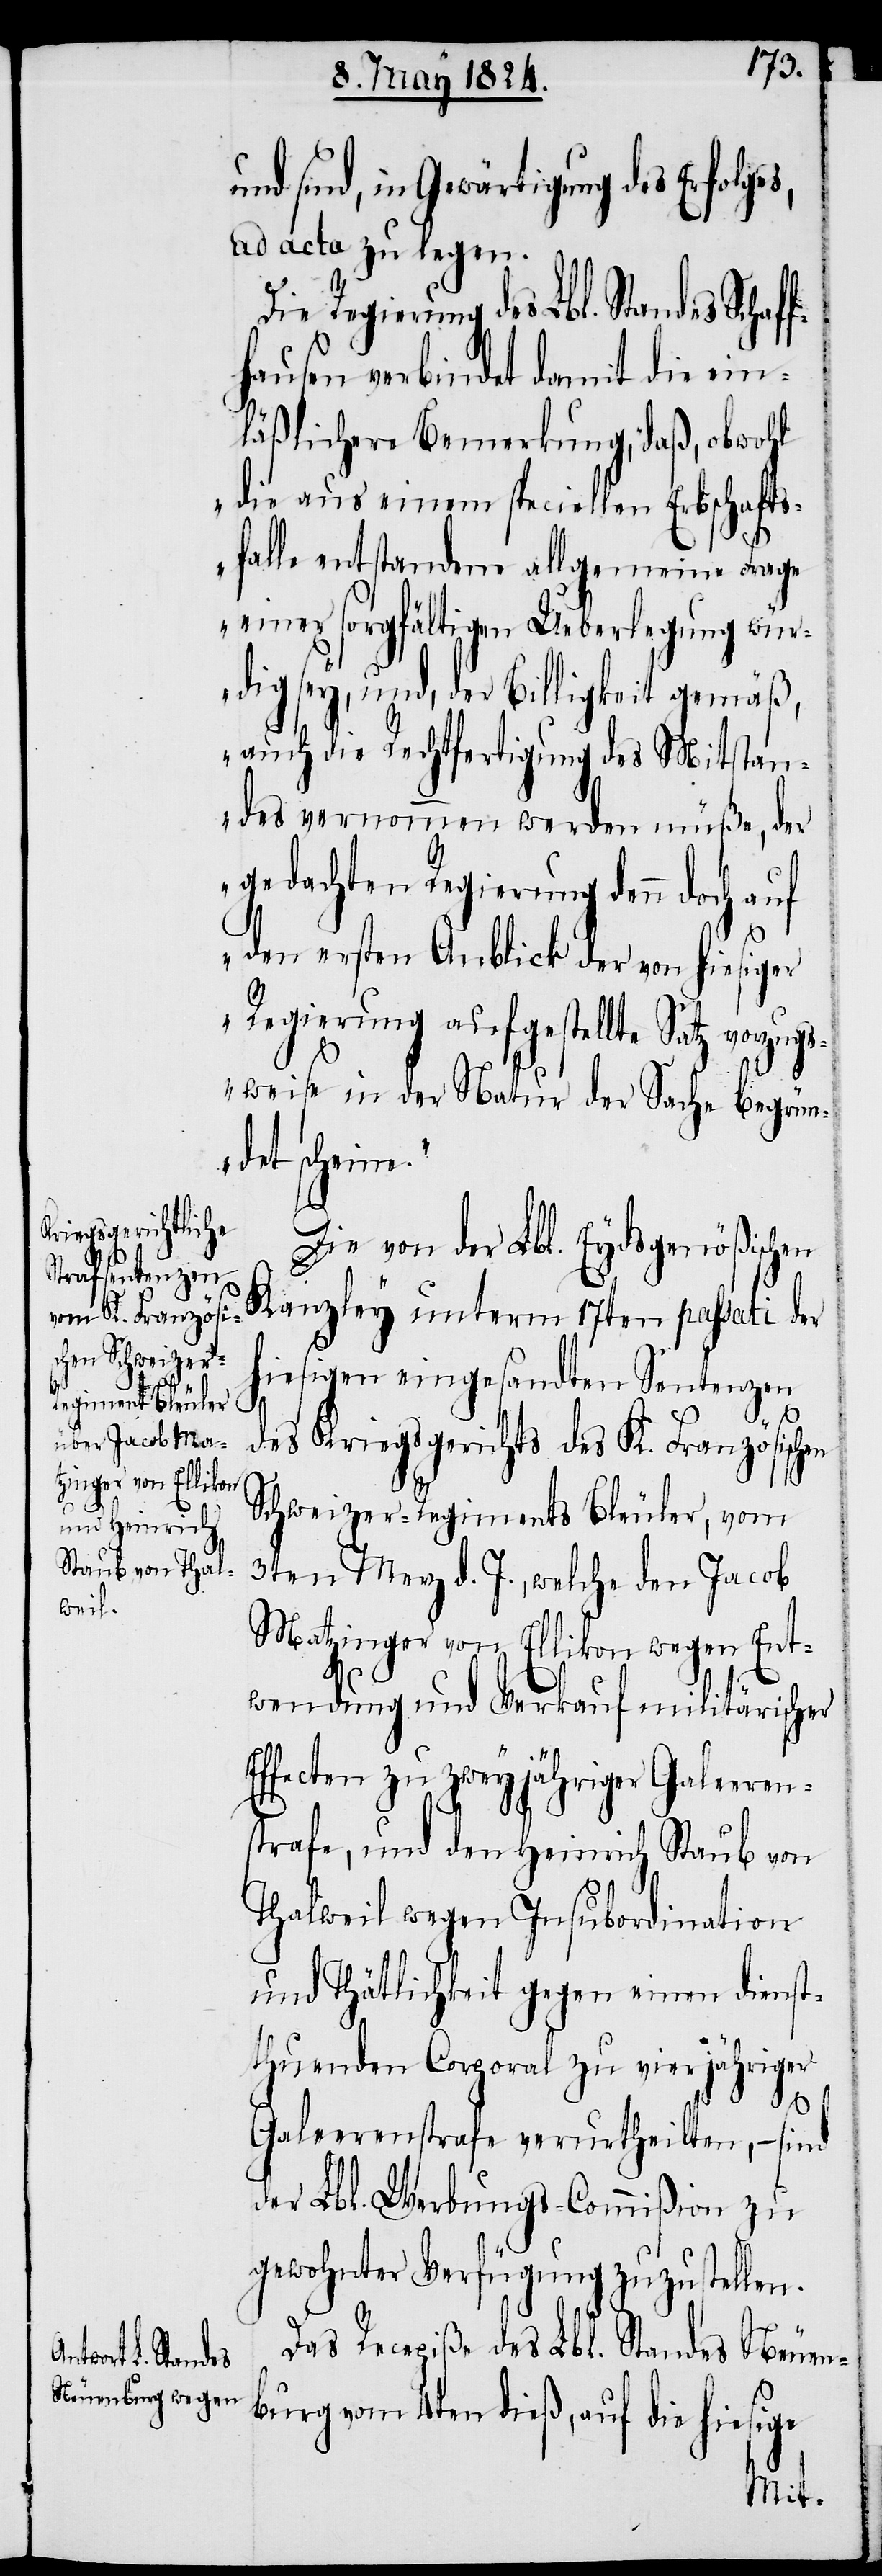
und sind, in Gewärtigung des Erfolges,
ad acta zu legen.
Die Regierung des Lbl. Stan¬
fhausen verbindet damit die ein¬
läßlichere Bemerkung, daß, obwohl
„die aus einem speciellen Erbschafts¬
falle entstandene allgemeine Frage
einer sorgfältigen Ueberlegung wür¬
dig sey, und, der Billigkeit gemäß,
auch die Rechtfertigung des Mitstan¬
des vernommen werden müße, der
gedachten Regierung dann doch auf
den ersten Anblick der von hiesiger
Regierung aufgestellte Satz vorzug¬
sweise in der Natur der Sache begrün¬
det scheine.“
E¬
Die von der Lbl. Eydsgenößischen
Kanzley unterm 17ten passati der
hiesigen eingesandten Sentenzen
des Kriegsgerichts des K. Französischen
Schweizer-Regiments Bleuler, vom
3ten Merz d. J., welche den Jacob
Metzinger von Ellikon wegen Ent¬
wendung und Verkauf militärischer
ffecten zu zweijähriger Galeeren¬
strafe, und den Heinrich Staub von
Thalweil wegen Insubordination
und Thätlichkeit gegen einen dienst¬
thuenden Corporal zu vierjähriger
Galeerenstrafe verurtheilten, – sind
der Lbl. Werbungs-Commißion zu
gewohnter Verfügung zuzustellen.
Das Recepiße des Lbl. Standes Neuen¬
burg vom 4ten dieß, auf die hiesige